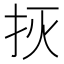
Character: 𱟭